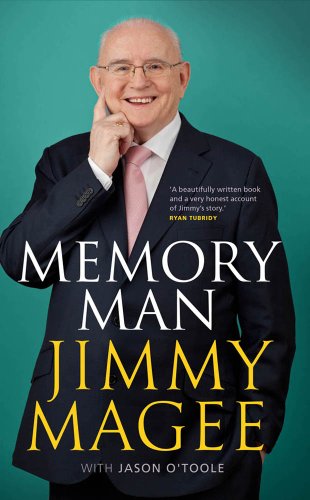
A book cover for Memory Man; Jason O'Toole; Sports & Outdoors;